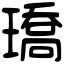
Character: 𤩝